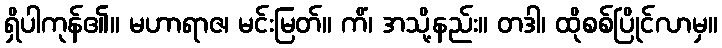
ရှိပါကုန်၏။ မဟာရာဇ၊ မင်းမြတ်။ ကိံ၊ အသို့နည်း။ တဒါ၊ ထိုစစ်ပြိုင်လာမှ။